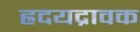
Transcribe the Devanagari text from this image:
ह्रदयद्रावक